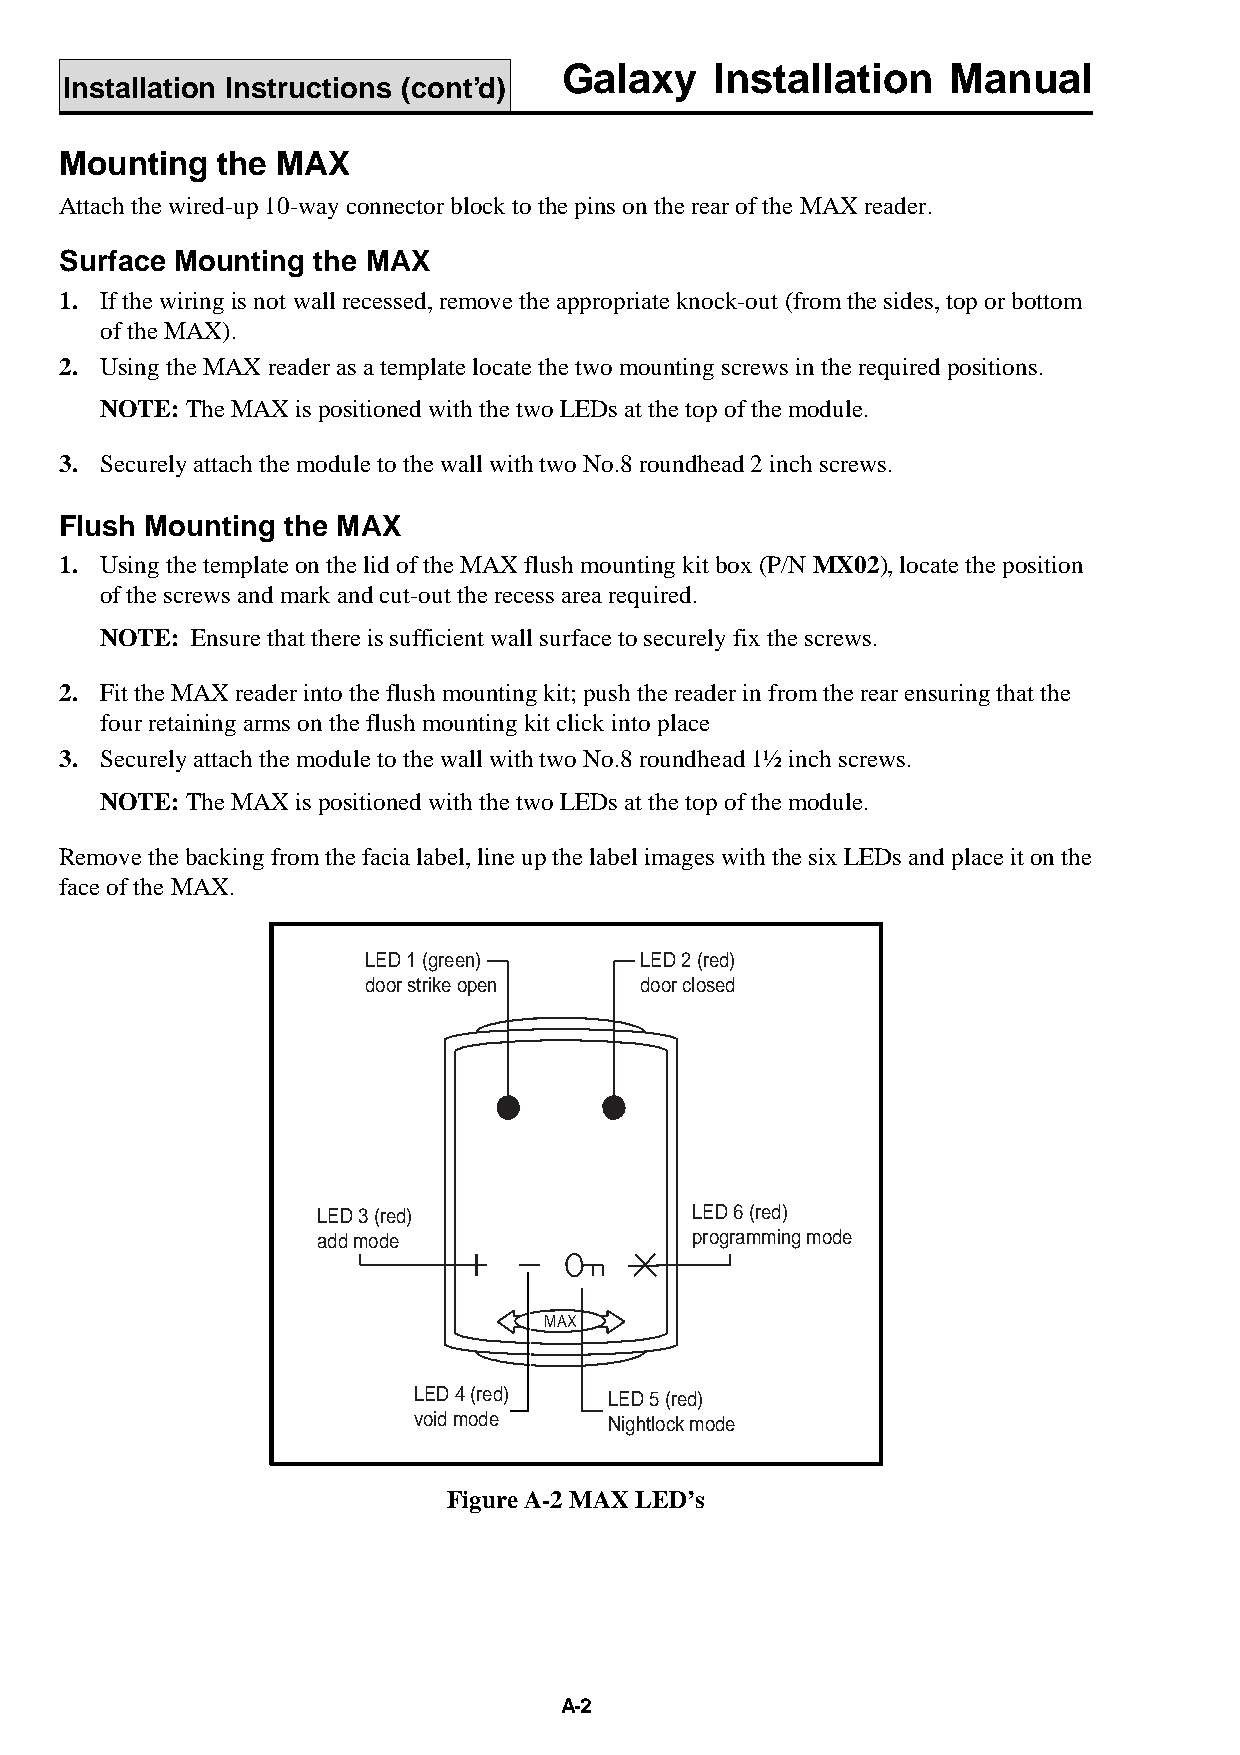
Galaxy    Installation    Manual
 Installation Instructions (cont’d)
 Mounting  the MAX
 Attach the wired-up 10-way connector block to the pins on the rear of the MAX reader.
 Surface Mounting the MAX
 1. If the wiring is not wall recessed, remove the appropriate knock-out (from the sides, top or bottom
 of the MAX).
 2. Using the MAX reader as a template locate the two mounting screws in the required positions.
 NOTE: The MAX is positioned with the two LEDs at the top of the module.
 3. Securely attach the module to the wall with two No.8 roundhead 2 inch screws.
 Flush Mounting the MAX
 1. Using the template on the lid of the MAX flush mounting kit box (P/N MX02), locate the position
 of the screws and mark and cut-out the recess area required.
 NOTE: Ensure that there is sufficient wall surface to securely fix the screws.
 2. Fit the MAX reader into the flush mounting kit; push the reader in from the rear ensuring that the
 four retaining arms on the flush mounting kit click into place
 3. Securely attach the module to the wall with two No.8 roundhead 1½ inch screws.
 NOTE: The MAX is positioned with the two LEDs at the top of the module.
 Remove the backing from the facia label, line up the label images with the six LEDs and place it on the
 face of the MAX.
 LED 1 (green)     LED 2 (red)
 door strike open  door closed
 LED 3 (red)              LED 6 (red)
 add mode                 programming mode
 MAX
 LED 4 (red)  LED 5 (red)
 void mode    Nightlock mode
 Figure A-2 MAX LED’s
 A-2